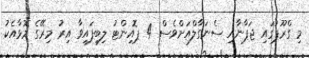
މި ގްރޫޕުގައި ޖަޕާނާއި ސެނަގާލްއަށްވެސް 4 ޕޮއިންޓު ލިބިފައިވާ އިރު މިރޭގެ މޮޅާއެކު